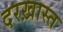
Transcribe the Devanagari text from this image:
दरख़ास्त